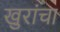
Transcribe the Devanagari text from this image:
खुरांचा